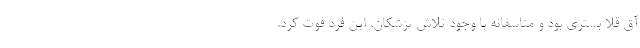
آق قلا بستری بود و متاسفانه با وجود تلاش پزشکان، این فرد فوت کرد.